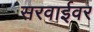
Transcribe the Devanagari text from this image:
सरवाईवर